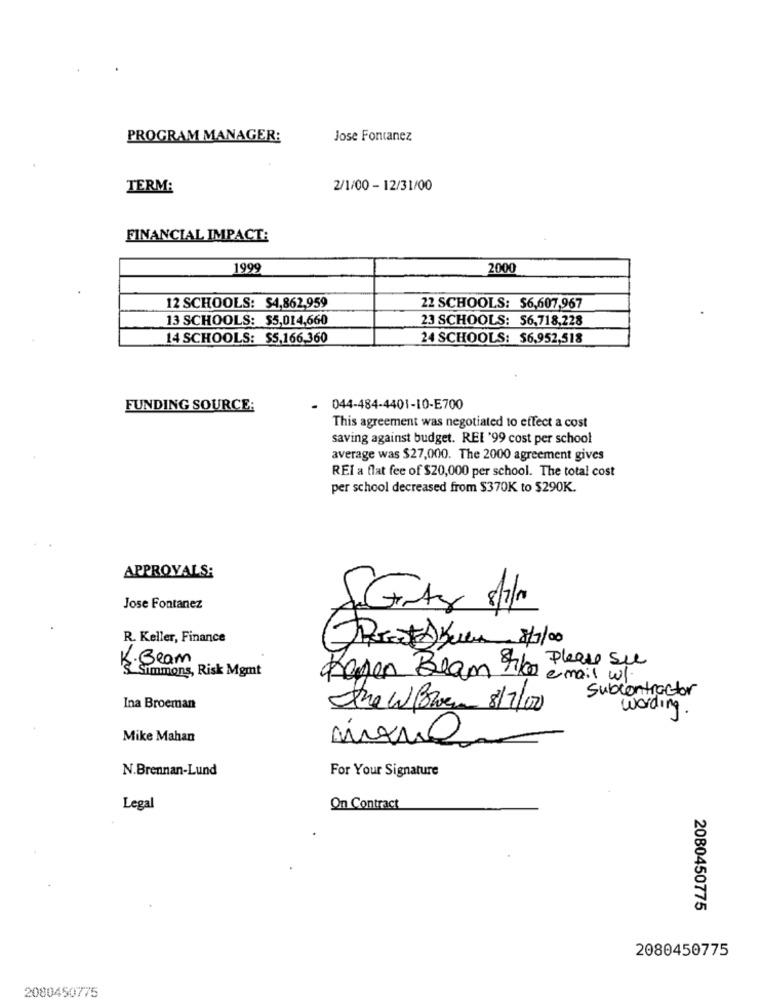
PROGRAM MANAGER:
Jose Fontanez
TERM:
2/1/00 - 12/31/00
FINANCIAL IMPACT:
1999
2000
12 SCHOOLS: $4,862,959
22 SCHOOLS: $6,607,967
13 SCHOOLS: $5,014,660
23 SCHOOLS: 56,718,228
14 SCHOOLS: $5,166,360
24 SCHOOLS: $6.952,518
FUNDING SOURCE:
- 044-484-4401-10-E700
This agreement was negotiated to effect a cost
saving against budget. REL '99 cost per school
average was $27,000. The 2000 agreement gives
REI a flat fee of $20,000 per school. The total cost
per school decreased from $370K to $290K.
APPROVALS:
Jose Fontanez
R. Keller, Finance
(Percent A Buen 8/7/00
K. Beam
Simmons, Risk Mgmt
Please see
Kagen Beam fiko email w/
subcontractor
Ina Broeman
the w Bowen 8/7/00
wording.
Mike Mahan
N.Brennan-Lund
For Your Signature
Legal
On Contract
2080450775
2080450775
2080450775